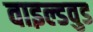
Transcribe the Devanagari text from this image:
वाइल्डवुड